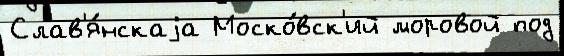
Слав'я́нскаjа Моско́вск'ий моровой под